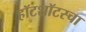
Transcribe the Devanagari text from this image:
हॉटशॉटस्चा